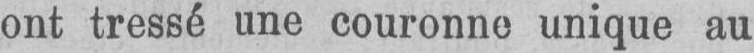
ont tressé une couronne unique au